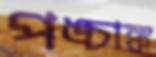
পঙ্চাঙ্ক